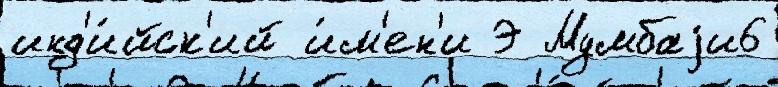
инд'и́йск'ий и́м'ен'и Э Мумбаjи6